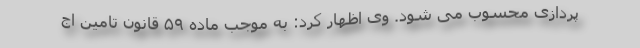
پردازی محسوب می شود. وی اظهار کرد: به موجب ماده ۵۹ قانون تامین اج